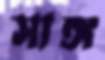
সাঙ্গ